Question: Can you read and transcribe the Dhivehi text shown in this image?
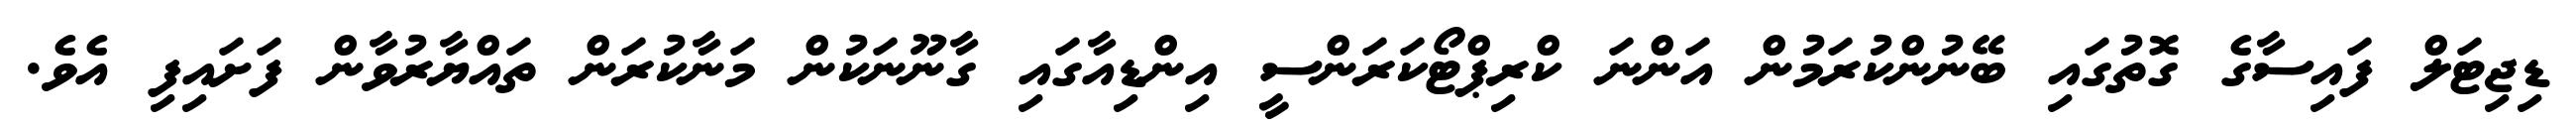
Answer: ޑިޖިޓަލް ފައިސާގެ ގޮތުގައި ބޭނުންކުރަމުން އަންނަ ކްރިޕްޓޯކަރަންސީ އިންޑިއާގައި ގާނޫނަކުން މަނާކުރަން ތައްޔާރުވާން ފަށައިފި އެވެ.